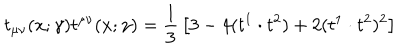
t _ { \mu \nu } ( x ; \gamma ) t ^ { \mu \nu } ( x ; \gamma ) = { \frac { 1 } { 3 } } \left[ 3 - 4 ( t ^ { 1 } \cdot t ^ { 2 } ) + 2 ( t ^ { 1 } \cdot t ^ { 2 } ) ^ { 2 } \right]